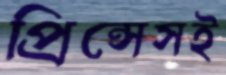
প্রিন্সেসই